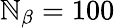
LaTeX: \mathbb{N}_{\beta}=100